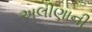
અલીણાની